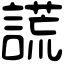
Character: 謊